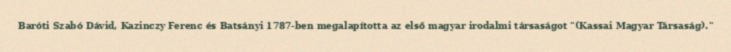
Baróti Szabó Dávid, Kazinczy Ferenc és Batsányi 1787-ben megalapította az első magyar irodalmi társaságot "(Kassai Magyar Társaság)."